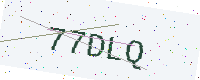
Text: 77DLQ